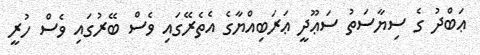
ޢަބްދު ގެ ސިޔާސަތު ސަޢޫދީ ޢަރަބިއްޔާގެ އެތެރޭގައި ވެސް ބޭރުގައި ވެސް ހުރީ